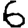
Digit: 6